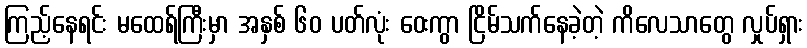
ကြည့်နေရင်း မထေရ်ကြီးမှာ အနှစ် ၆၀ ပတ်လုံး ဝေးကွာ ငြိမ်သက်နေခဲ့တဲ့ ကိလေသာတွေ လှုပ်ရှား